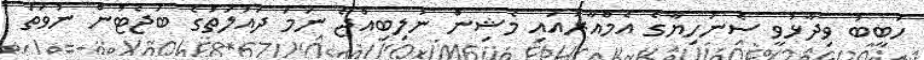
ހަބީބު ވިދާޅުވީ ސެނަހިޔާގެ އެމްއާރުއައި މެޝިން ނުލިބިއްޖެ ނަމަ ދައުލަތުގެ ބަޖެޓުން ނުވަތަ